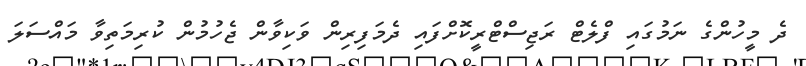
ދެ މީހުންގެ ނަމުގައި ފްލެޓް ރަޖިސްޓްރީކޮށްފައި ދެމަފިރިން ވަކިވާން ޖެހުމުން ކުރިމަތިވާ މައްސަލަ